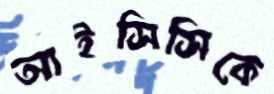
আইসিসিকে